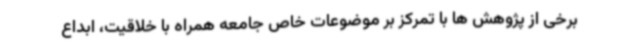
برخی از پژوهش ها با تمرکز بر موضوعات خاص جامعه همراه با خلاقیت، ابداع